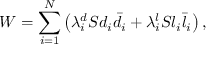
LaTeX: W = \sum _ { i = 1 } ^ { N } \left( \lambda _ { i } ^ { d } S d _ { i } \bar { d } _ { i } + \lambda _ { i } ^ { l } S l _ { i } \bar { l } _ { i } \right) ,